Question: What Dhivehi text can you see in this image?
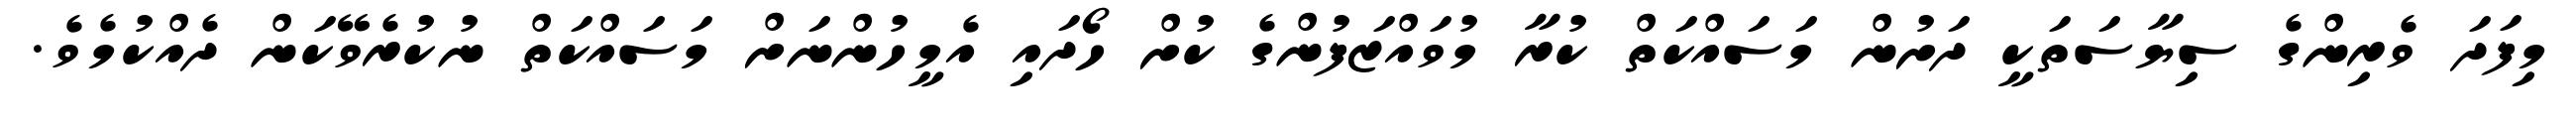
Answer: މިފަދަ ވެރިންގެ ސިޔާސަތަކީ ދަށުން މަސައްކަތް ކުރާ މުވައްޒަފުންގެ ކުށް ހޯދައި އެމީހުންނަށް މަސައްކަތް ނުކުރެވޭކަން ދެއްކުމެވެ.